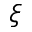
\xi